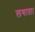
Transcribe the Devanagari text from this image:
लगाता।